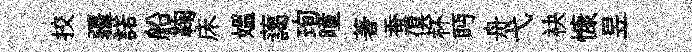
挍疆諾船鞠床媪藹珣曈著蚕俱杯眄舟弋袂慷昱